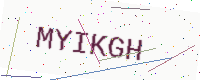
Text: MYIKGH